Lunatic asylums in Bengal annual reports 1912-1924 - 1912-1924
Year: 1912
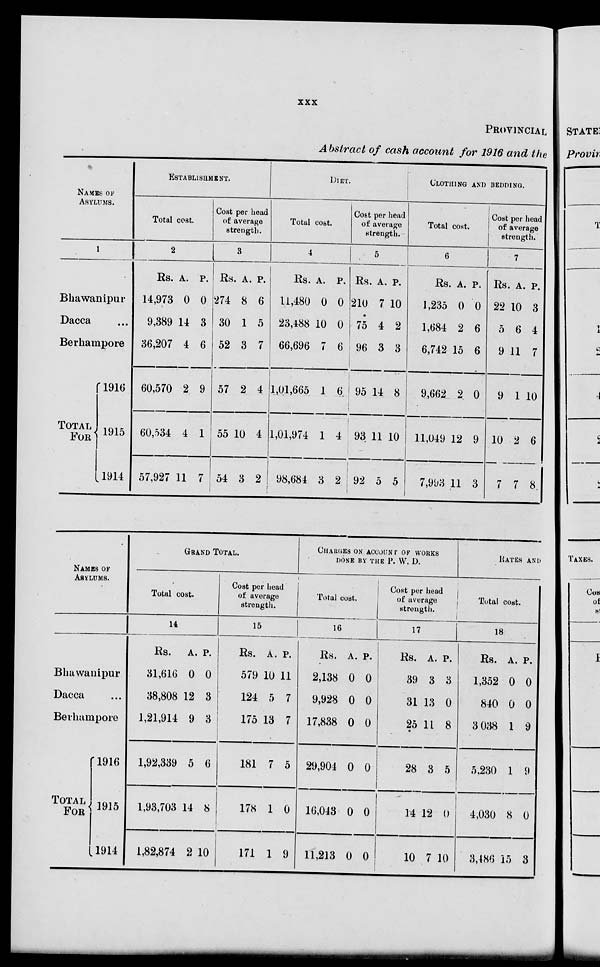
xxx
PROVINCIAL
Abstract of cash account for 1916 and the
NAMES OF
ASYLUMS.
1
Bhawanipur
Dacca ...
Berhampore
TOTAL FOR
1916
1915
1914
ESTABLISHMENT.
Total cost.
2
Rs.
14,973
9,389
36,207
60,570
60,534
57,927
A.
0
14
4
2
4
11
P.
0
3
6
9
1
7
Cost per head
of average
strength.
3
Rs.
274
30
52
57
55
54
A.
8
1
3
2
10
3
P.
6
5
7
4
4
2
DITE.
Total cost.
4
Rs.
11,480
23,488
66,696
1,01,665
1,01,974
98,684
A.
0
10
7
1
1
3
P.
0
0
6
6
4
2
Cost per head
of average
strength.
5
Rs.
210
75
96
95
93
92
A.
7
4
3
14
11
5
P.
10
2
3
8
10
5
CLOTHING AND BEDDING.
Total cost.
6
Rs.
1,235
1,684
6,742
9,662
11,049
7,993
A.
0
2
15
2
12
11
P.
0
6
6
0
9
3
Cost per head
of average
strength.
7
Rs.
22
5
9
9
10
7
A.
10
6
11
1
2
7
P.
3
4
7
10
6
8
NAMES OF
ASYLUMS.
Bhawanipur ...
Dacca ...
Berhampore ...
TOTAL
FOR
1916
1915
1914
GRAND TOTAL.
Total cost.
14
Rs.
31,616
38,808
1,21,914
1,92,339
1,93,703
1,82,874
A.
0
12
9
5
14
P.
0
3
3
6
8
2 10
Cost per head
of average
strength.
15
Rs.
579
124
175
181
178
171
A.
10
5
13
7
1
1
P.
11
7
7
5
0
9
CHARGES ON ACCOUNT OF WORKS
DONE BY THE P. W. D.
Total cost.
16
Rs.
2,138
9,928
17,838
29,904
16,043
11,213
A.
0
0
0
0
0
0
P.
0
0
0
0
0
0
Cost per head
of average
strength.
17
Rs.
39
31
25
28
14
10
A.
3
13
11
3
12
7
P.
3
0
8
5
0
10
RATES AND
Total cost.
18
Rs.
1,352
840
3,038
5,230
4,030
3,486
A.
0
0
1
1
8
15
P.
0
0
9
9
0
3